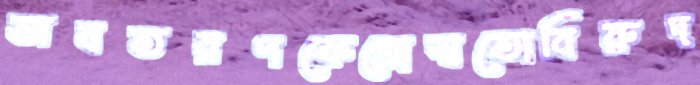
অবতরণকেন্দ্রেস্বতোবিরুদ